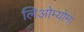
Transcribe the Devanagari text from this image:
लिओम्योमा